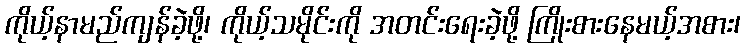
ကိုယ့်နာမည်ကျန်ခဲ့ဖို့၊ ကိုယ့်သမိုင်းကို အတင်းရေးခဲ့ဖို့ ကြိုးစားနေမယ့်အစား၊